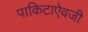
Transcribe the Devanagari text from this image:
पाकिटाऐवजी